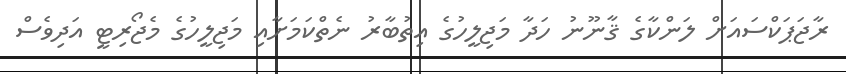
ރާޖަޕަކްސައަށް ލަންކާގެ ޤާނޫނު ހަދާ މަޖިލީހުގެ އިތުބާރު ނެތްކަމަށާއި މަޖިލީހުގެ މެޖޯރިޓީ އަދިވެސް